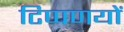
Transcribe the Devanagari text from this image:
टिप्पणयों